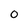
Character: 0